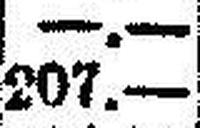
207.—